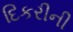
દિકરીની